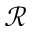
\mathcal { R }